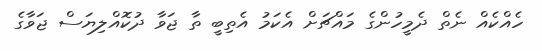
ހެއްކެއް ނެތް ދެމީހުންގެ މައްޗަށް އެކަމު އެތިބީ ތާ ޖަވާ ދުކޮއްލިޔަސް ޖަވާގެ